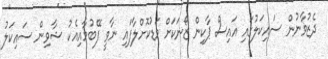
ދެޒުވާނުން ސައިކަލުގައި އައިސް ޕާކިން ޒޯނަކަށް މަޑުކޮށްލާފައި ނާވީ ފޭބުމާއިއެކު ޝާވިން ސައިކަލު